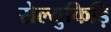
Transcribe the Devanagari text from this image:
सेल्युकिड़ि